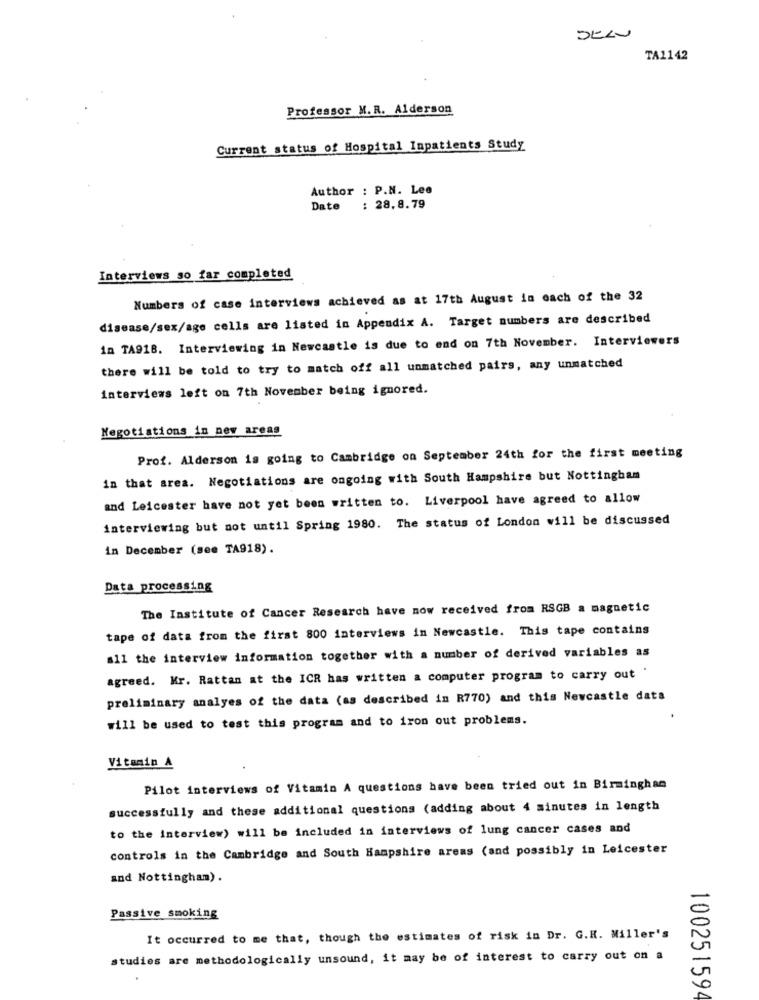
TA1142
Professor M.R. Alderson
Current status of Hospital Inpatients Study
Author : P.N. Lee
Date
: 28.8.79
Interviews so far completed
Numbers of case interviews achieved as at 17th August in each of the 32
disease/sex/age cells are listed in Appendix A. Target numbers are described
in TA918. Interviewing in Newcastle is due to end on 7th November. Interviewers
there will be told to try to match off all unmatched pairs, any unmatched
interviews left on 7th November being ignored.
Negotiations in new areas
Prof. Alderson is going to Cambridge on September 24th for the first meeting
in that area. Negotiations are ongoing with South Hampshire but Nottingham
and Leicester have not yet been written to. Liverpool have agreed to allow
interviewing but not until Spring 1980. The status of London will be discussed
in December (see TA918).
Data processing
The Institute of Cancer Research have now received from RSGB a magnetic
tape of data from the first 800 interviews in Newcastle. This tape contains
s11 the interview information together with a number of derived variables as
agreed. Kr. Rattan at the ICR has written a computer program to carry out
preliminary analyes of the data (as described in R770) and this Newcastle data
will be used to test this program and to iron out problems.
Vitamin A
Pilot interviews of Vitamin A questions have been tried out in Birmingham
successfully and these additional questions (adding about 4 minutes in length
to the interview) will be included in interviews of lung cancer cases and
controls in the Cambridge and South Hampshire areas (and possibly in Leicester
and Nottingham).
Passive smoking
It occurred to me that, though the estimates of risk in Dr. G.K. Miller's
studies are methodologically unsound, it may be of interest to carry out on a
100251594